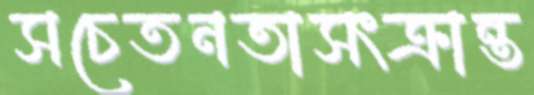
সচেতনতাসংক্রান্ত